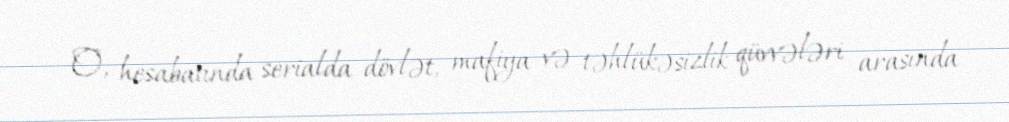
O, hesabatında serialda dövlət, mafiya və təhlükəsizlik qüvvələri arasında